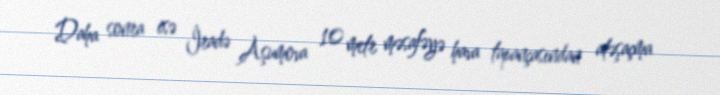
Daha sonra isə İradə Aşumova 10 metr məsafəyə hava tapançasından atəşaçma